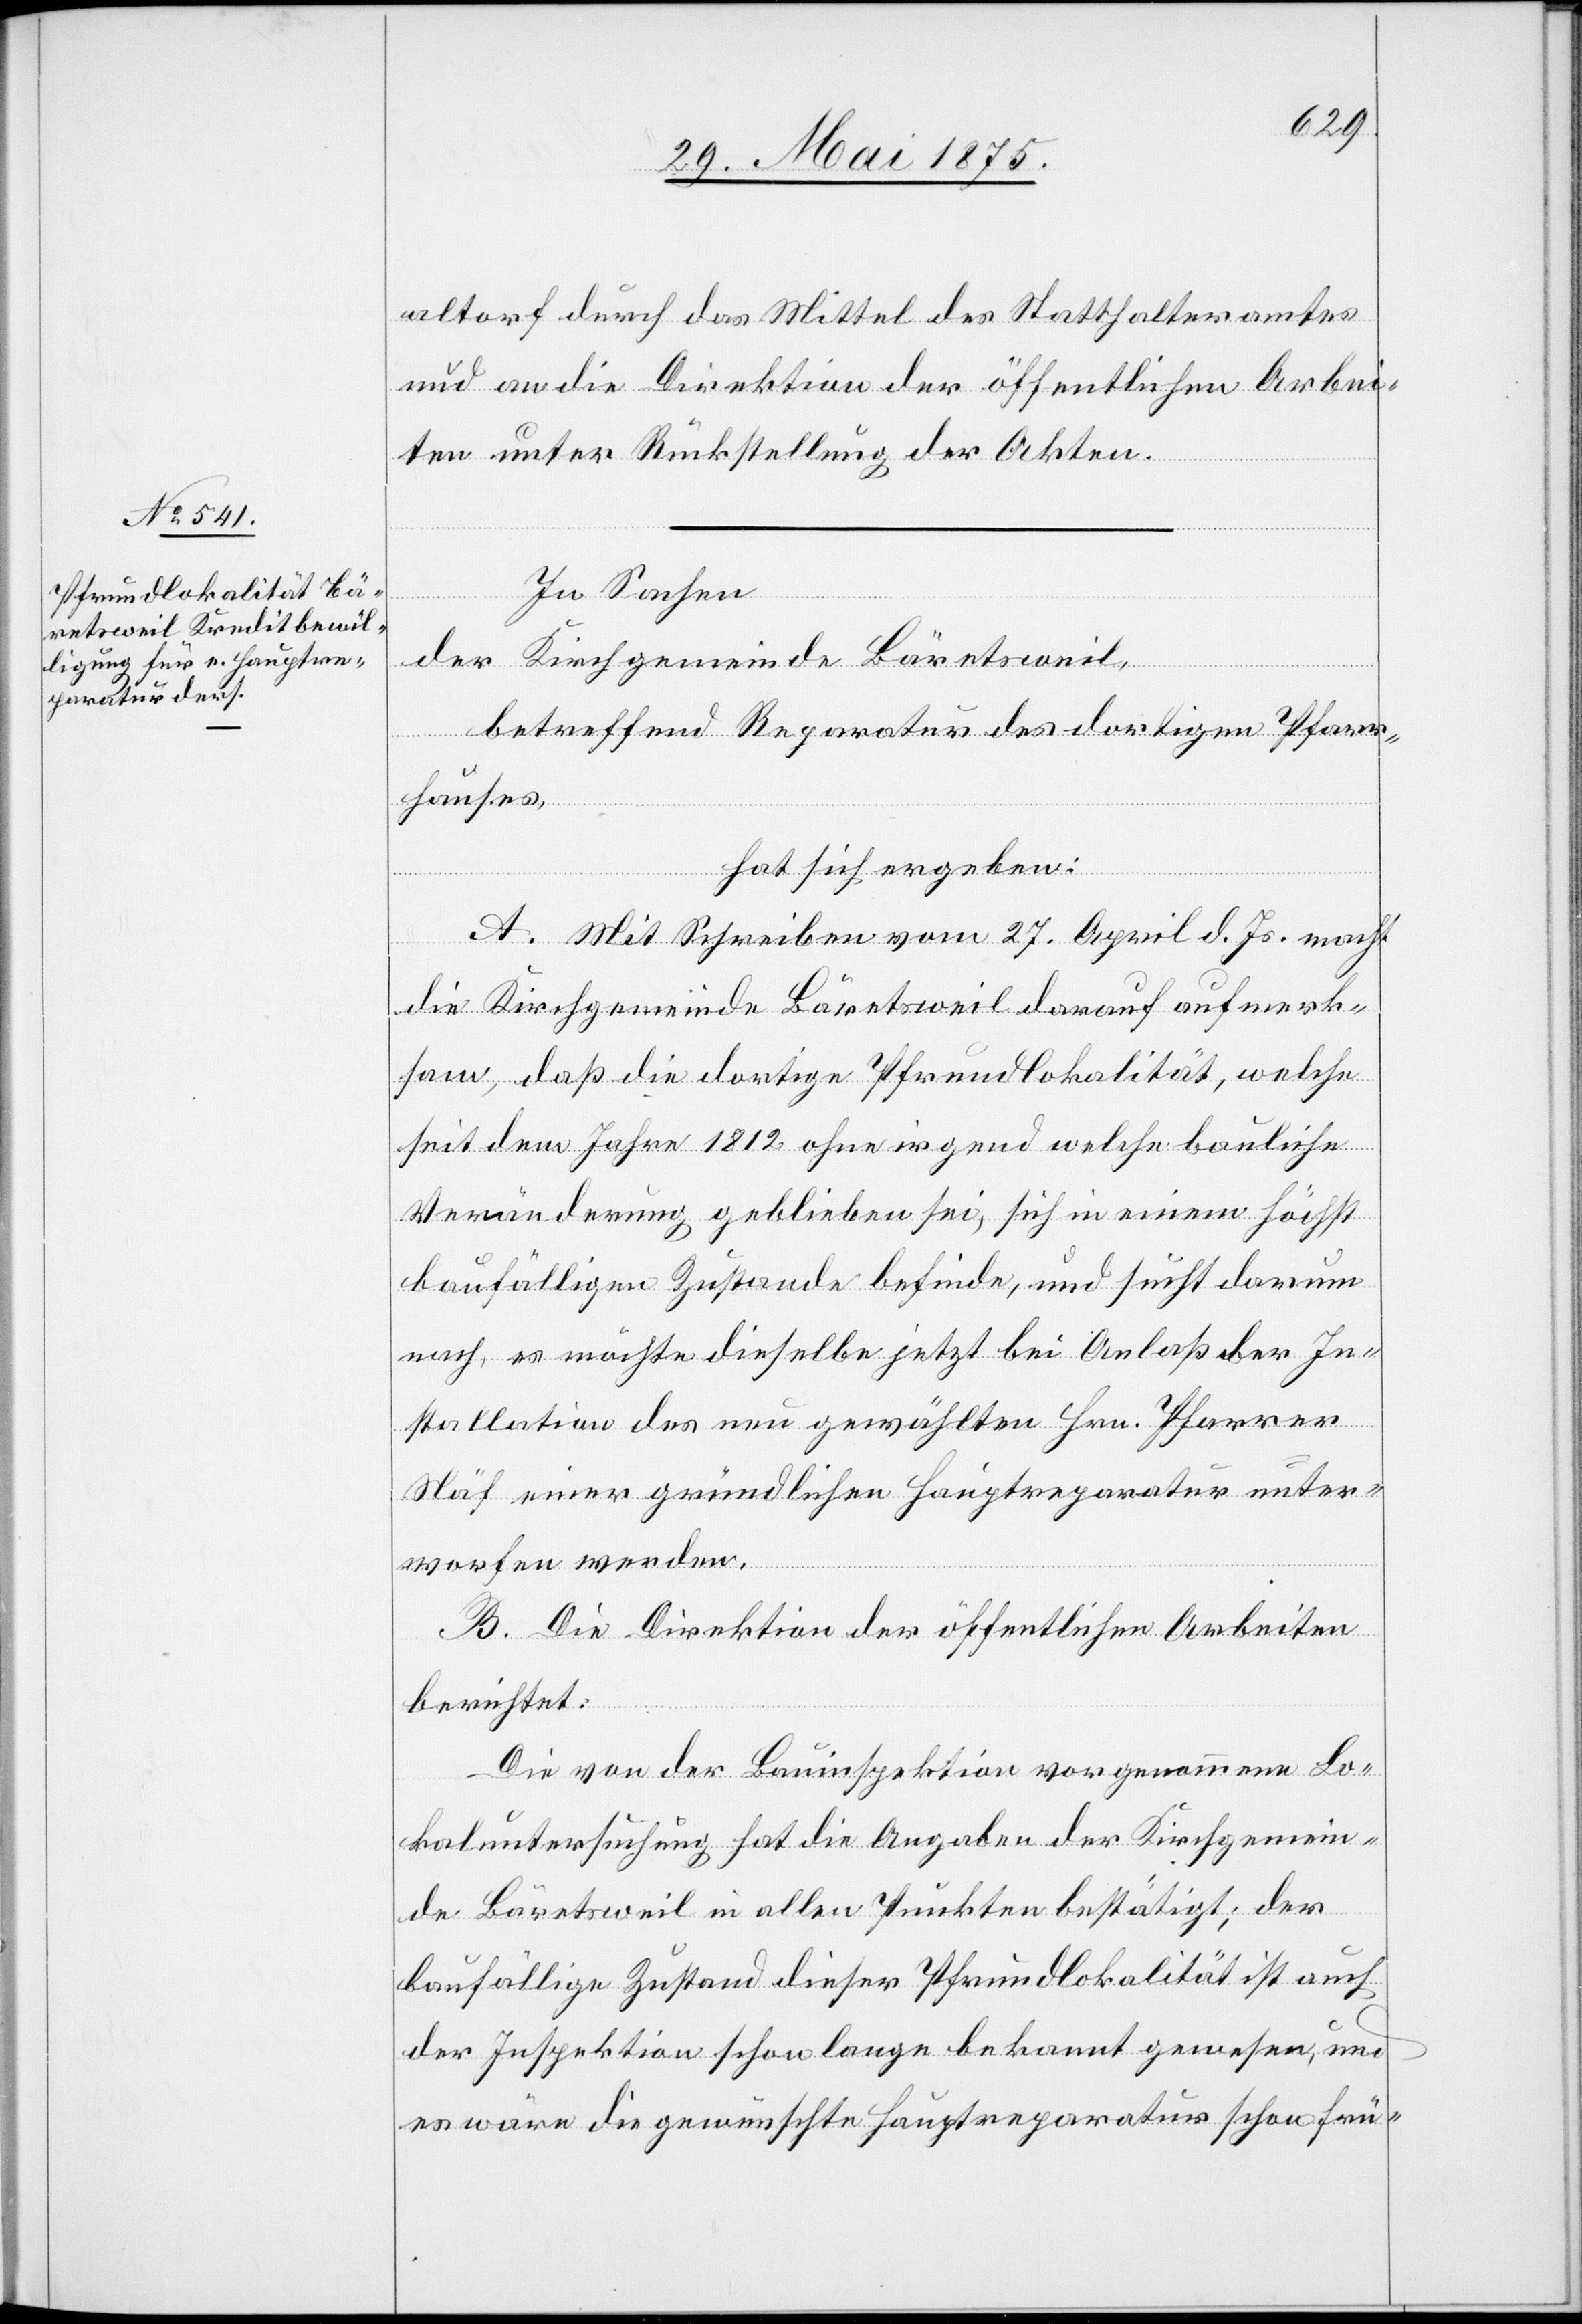
altorf durch das Mittel des Statthalteramtes
und an die Direktion der öffentlichen Arbei¬
ten unter Rückstellung der Akten.
In Sachen
der Kirchgemeinde Bäretsweil,
betreffend Reparatur des dortigen Pfarr¬
hauses,
hat sich ergeben:
A. Mit Schreiben vom 27. April d. Js. macht
die Kirchgemeinde Bäretsweil darauf aufmerk¬
sam, daß die dortige Pfrundlokalität, welche
seit dem Jahre 1812 ohne irgend welche bauliche
Veränderung geblieben sei, sich in einem höchst
baufälligen Zustande befinde, und sucht darum
nach, es möchte dieselbe jetzt bei Anlaß der In¬
stallation des neu gewählten Hrn. Pfarrer
Näf einer gründlichen Hauptreparatur unter¬
worfen werden.
B. Die Direktion der öffentlichen Arbeiten
berichtet:
Die von der Bauinspektion vorgenommene Lo¬
kaluntersuchung hat die Angaben der Kirchgemein¬
de Bäretsweil in allen Punkten bestätigt; der
baufällige Zustand dieser Pfrundlokalität ist auch
der Inspektion schon lange bekannt gewesen, und
es wäre die gewünschte Hauptreparatur schon frü-